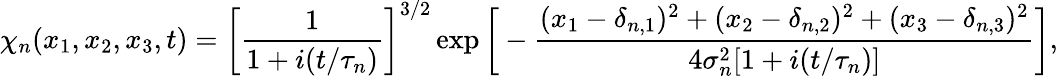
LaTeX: \chi_{n}(x_{1},x_{2},x_{3},t)=\bigg[\frac{1}{1+i(t/\tau_{n})}\bigg]^{3/2}\exp\bigg[-\frac{(x_{1}-\delta_{n,1})^{2}+(x_{2}-\delta_{n,2})^{2}+(x_{3}-\delta_{n,3})^{2}}{4\sigma_{n}^{2}[1+i(t/\tau_{n})]}\bigg],